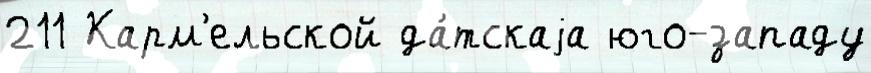
211 Карм'ельской да́тскаjа юго-западу